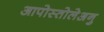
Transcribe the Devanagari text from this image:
आपोस्तोलेअनु